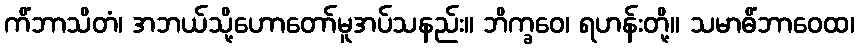
ကိံဘာသိတံ၊ အဘယ်သို့ဟောတော်မူအပ်သနည်း။ ဘိက္ခဝေ၊ ရဟန်းတို့။ သမာဓိံဘာဝေထ၊